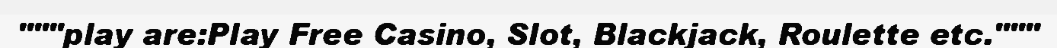
"""play are:Play Free Casino, Slot, Blackjack, Roulette etc."""